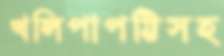
খলিপাপট্টিসহ